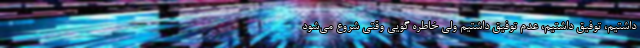
داشتیم، توفیق داشتیم، عدم توفیق داشتیم ولی خاطره گویی وقتی شروع می‌شود